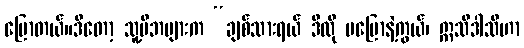
ပြောတယ်။ဒီတော့ သူ့မိဘများက “ချစ်သားရယ် ဒီလို မပြောနဲ့ကွယ်၊ ဣသိဒါသီဟာ